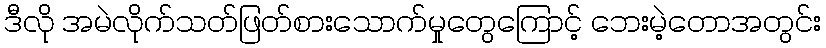
ဒီလို အမဲလိုက်သတ်ဖြတ်စားသောက်မှုတွေကြောင့် ဘေးမဲ့တောအတွင်း